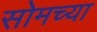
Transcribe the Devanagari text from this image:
सोमच्या